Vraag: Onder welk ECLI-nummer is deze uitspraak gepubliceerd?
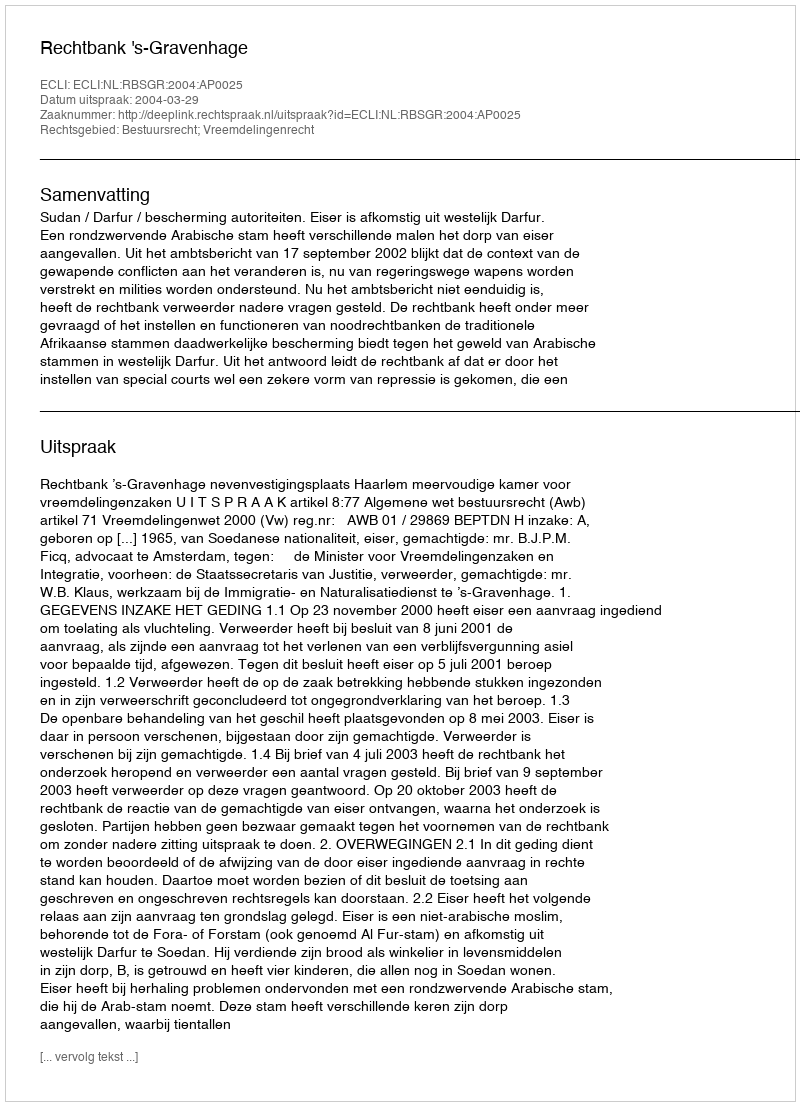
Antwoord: ECLI:NL:RBSGR:2004:AP0025